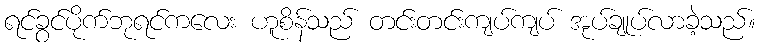
ရင်ခွင်ပိုက်ဘုရင်ကလေး ဟူစိန်သည် တင်းတင်းကျပ်ကျပ် အုပ်ချုပ်လာခဲ့သည်။